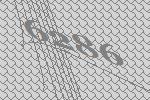
6286